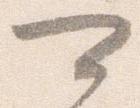
可